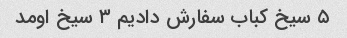
۵ سیخ کباب سفارش دادیم ۳ سیخ اومد